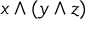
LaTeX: x \wedge ( y \wedge z )